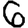
Digit: 6